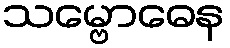
သမ္ဗောဓေန